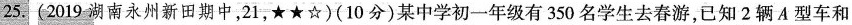
25.(2019湖南永州新田期中，21，★★☆)(10分)某中学初一年级有350名学生去春游，已知2辆A型车和